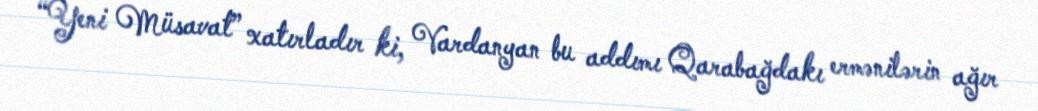
“Yeni Müsavat” xatırladır ki, Vardanyan bu addımı Qarabağdakı ermənilərin ağır